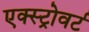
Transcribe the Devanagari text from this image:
एक्स्ट्रोवर्ट